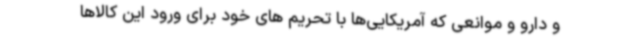
و دارو و موانعی که آمریکایی‌ها با تحریم های خود برای ورود این کالاها